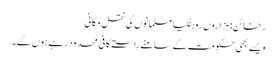
رخائن: ہزاروں روہنگیا مسلمانوں کی نقل مکانی
ویسے بھی حکومت کے سامنے راستے کافی محدود رہے ہوں گے۔